Lunatic asylums Bombay report 1891-1903 - 1891-1903
Year: 1891
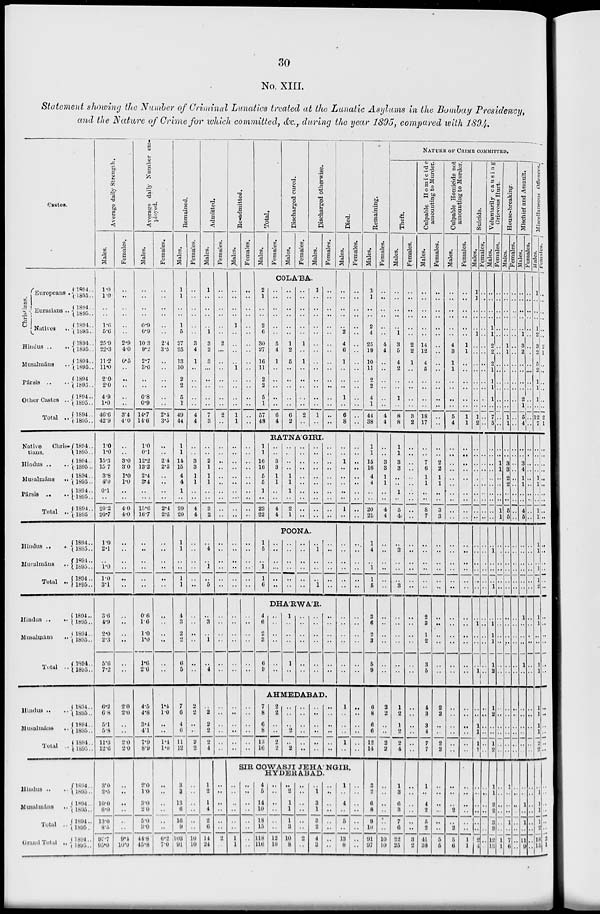
30
No. XIII.
Statement showing the Number of Criminal Lunatics treated at the Lunatic Asylums in the Bombay Presidency,
and the Nature of Crime for which committed, &c., during the year 1895, compared with 1894.
Castes.
Christians.
Europeans ..
Eurasians ..
Natives
..
Hindus ..
..
Musalmáns ..
Pársis .. ..
Other Castes ..
Total
..
1894 ..
1895 ..
1894 ..
1895 ..
1894 ..
1895 ..
1894 ..
1895 ..
1894 ..
1895 ..
1894 ..
1895 ..
1894 ..
1895 ..
1894 ..
1895 ..
Native
Chris-
tians.
Hindus .. ..
Musalmáns
..
Pársis .. ..
Total
..
1894
..
1895 ..
1894 ..
1895 ..
1894 ..
1895 ..
1894 ..
1895 ..
1894 ..
1895 ..
Hindus .. ..
Musalmáns ..
Total
..
1894 ..
1895 ..
1894 ..
1895 ..
1894 ..
1895 ..
Hindus .. ..
Musalmáns ..
Total
..
1894 ..
1895 ..
1894 ..
1895 ..
1894 ..
1895
..
Hindus .. ..
Musalmáns ..
Total
..
1894 ..
1895 ..
1894 ..
1895 ..
1894 ..
1895 ..
Hindus .. ..
Musalmáns
..
Total
..
Grand Total ..
1894 ..
1895 ..
1894 ..
1895 ..
1894 ..
1895 ..
1894 ..
1895 ..
Average daily Strength.
Males.
1.0
1.0
..
..
1.6
5.6
25.9
22.3
11.2
11.0
2.0
2.0
4.9
1.0
46.6
42.9
1.0
1.0
15.3
15.7
3.8
4.0
0.1
..
20.2
20.7
1.0
2.1
..
1.0
1.0
3.1
3.6
4.0
2.0
2.3
5.6
7.2
0.2
6.8
5.1
5.8
11.3
12.0
3.0
2.5
10.0
6.0
13.0
8.5
97.7
95.0
Females.
..
..
..
..
..
..
2.9
4.0
0.5
..
..
..
..
..
3.4
4.0
..
..
3.0
3.0
1.0
1.0
..
..
4.0
4.0
..
..
..
..
..
..
..
..
..
..
..
..
2.0
2.0
..
..
2.0
2.0
..
..
..
..
..
..
9.4
16.0
Average
daily Number em-
ployed.
Males.
..
..
..
..
0.9
0.9
10.3
9.2
2.7
3.6
..
..
0.8
0.9
14.7
14.6
1.0
0.1
12.2
13.2
2.4
3.4
..
..
15.6
16.7
..
..
..
..
..
..
0.6
1.6
1.0
1.0
1.0
2.6
4.5
4.8
3.4
4.1
7.9
8.9
2.0
1.0
3.0
2.0
5.0
3.0
44.8
45.8
Females.
..
..
..
..
..
..
2.4
3.5
..
..
..
..
..
..
2.4
3.5
..
..
2.4
2.5
..
..
..
..
2.4
2.5
..
..
..
..
..
..
..
..
..
..
..
..
1.4
1.0
..
..
1.4
1.0
..
..
..
..
..
..
6.2
7.0
Remained.
Males.
1
1
..
..
1
5
27
25
13
10
2
2
5
1
49
44
1
1
14
15
4
4
1
20
20
1
1
..
..
1
1
4
3
2
2
6
5
7
6
4
6
11
12
3
3
13
6
16
9
103
91
Females.
..
..
..
..
..
..
3
4
1
..
..
..
..
..
4
4
..
..
3
3
1
1
..
4
4
..
..
..
..
..
..
..
..
..
..
..
..
2
2
..
..
2
2
..
..
..
..
..
..
10
10
Admitted.
Males.
1
..
..
..
..
1
3
2
3
...
..
..
..
..
7
3
..
..
2
1
1
1
..
3
2
..
4
..
1
..
5
..
3
..
1
..
4
..
2
2
2
2
4
1
2
1
4
2
6
14
24
Females.
..
..
..
..
..
..
2
...
..
..
..
..
..
..
2
..
..
..
..
..
..
..
..
..
..
..
..
..
..
..
..
..
..
..
..
..
..
..
..
..
..
..
..
..
..
..
..
..
..
2
..
Readmitted.
Males.
..
..
..
..
1
..
..
..
..
1
..
..
..
..
1
1
..
..
..
..
..
..
..
..
..
..
..
..
..
..
..
..
..
..
..
..
..
..
..
..
..
..
..
Females.
..
..
..
..
..
..
..
..
..
..
..
..
..
..
..
..
..
..
..
..
..
..
..
..
..
..
..
..
..
..
..
..
..
..
..
..
..
..
..
..
..
..
..
Total.
Males.
Females.
Discharged cured.
Males.
Females.
Discharged otherwise.
Males.
Females.
Died.
Males.
COLABA.
2
1
..
..
2
6
30
27
16
11
2
2
5
1
57
48
..
..
..
..
..
..
5
4
1
..
..
..
..
..
6
4
..
..
..
..
..
..
1
2
5
..
..
..
..
..
6
2
..
..
..
..
..
..
1
..
1
..
..
..
..
..
2
..
1
..
..
..
..
..
..
..
..
..
..
..
..
..
1
..
..
..
..
..
..
..
..
..
..
..
..
..
..
..
..
..
RATNA'GIRI.
1
1
16
16
5
5
1
23
22
..
..
3
3
1
1
..
4
4
..
..
..
..
1
1
1
2
1
..
..
..
..
..
..
..
..
..
..
..
..
..
..
..
..
..
..
..
..
..
..
..
..
..
..
..
POONA.
1
5
..
1
1
6
..
..
..
..
..
..
..
..
..
..
..
..
..
..
..
..
..
..
..
1
..
..
..
1
..
..
..
..
..
..
DHA'RWA'R.
4
6
2
3
6
9
..
..
..
..
..
..
1
..
..
..
1
..
..
..
..
..
..
..
..
..
..
..
..
..
..
..
..
..
..
..
AHMEDABAD.
7
8
6
8
13
16
2
2
..
..
2
2
..
..
..
2
..
2
..
..
..
..
..
..
..
..
..
..
..
..
..
..
..
..
..
..
..
..
..
..
..
2
4
6
1
..
..
..
1
..
6
8
..
..
1
..
..
..
..
1
..
..
..
..
..
..
..
..
..
..
..
..
..
1
..
..
..
1
..
Females.
..
..
..
..
..
..
..
..
..
..
..
..
..
..
..
..
..
..
..
..
..
..
..
..
..
..
..
..
..
..
..
..
..
..
..
..
..
..
..
..
..
..
..
SIR COWASJI JEHA'NGIR,
HYDERABAD.
..
..
..
..
..
..
1
1
..
..
..
..
..
..
..
..
4
5
14
10
18
15
118
116
..
..
..
..
..
..
12
10
..
2
1
1
1
3
10
8
..
..
..
..
..
..
2
..
..
1
3
1
3
2
4
3
..
..
..
..
..
..
..
..
1
..
4
..
5
..
13
8
..
..
..
..
..
..
..
..
Remaining.
Males.
1
1
..
..
2
4
25
19
10
11
2
2
4
1
44
38
1
1
15
16
4
4
..
20
21
1
4
..
1
1
5
3
6
2
3
5
9
6
8
6
6
12
14
3
2
6
8
9
10
91
97
Females.
..
..
..
..
..
..
4
4
..
..
..
..
..
..
4
4
..
..
3
3
1
1
..
4
4
..
..
..
..
..
..
..
..
..
..
..
..
2
2
..
..
2
2
..
..
..
..
..
10
10
NATURE OF CRIME COMMITTED.
Theft.
Males.
..
..
..
..
..
1
3
5
4
2
..
..
1
..
8
8
1
1
3
3
..
..
1
5
4
..
3
..
..
..
3
..
..
..
..
..
..
1
2
1
2
2
4
1
3
6
3
7
6
22
25
Females.
..
..
..
..
..
..
2
2
1
..
..
..
..
..
3
2
..
..
..
..
..
..
..
..
..
..
..
..
..
..
..
..
..
..
..
..
..
..
..
..
..
..
..
..
..
..
..
..
..
3
..
Culpable Homicide
amounting to Murder.
Males.
..
..
..
..
..
..
14
12
4
5
..
..
..
..
18
17
..
..
7
6
1
1
..
8
7
..
..
..
..
..
..
2
3
1
2
3
5
4
3
3
4
7
7
1
..
4
2
5
..
41
38
Females.
..
..
..
..
..
..
..
..
..
..
..
..
..
..
..
..
..
..
2
2
1
1
..
3
3
..
..
..
..
..
..
..
..
..
..
..
..
2
2
..
..
2
2
..
..
..
..
..
..
5
5
Culpable Homicide not
amounting to Murder.
Males.
..
..
..
..
..
..
4
3
1
1
..
..
..
..
5
4
..
..
..
..
..
..
..
..
..
..
..
..
..
..
..
..
..
..
..
..
..
..
..
..
..
..
..
..
..
..
2
..
2
5
6
Females.
..
..
..
..
..
..
1
1
..
..
..
..
..
..
1
1
..
..
..
..
..
..
..
..
..
..
..
..
..
..
..
..
..
..
..
..
..
..
..
..
..
..
..
..
..
..
..
..
..
1
1
Suicide.
Males.
1
1
..
..
..
1
..
..
..
..
..
..
..
..
1
2
..
..
..
..
..
..
..
..
..
..
..
..
..
..
..
..
..
1
..
..
..
1
..
..
..
..
1
1
..
..
..
..
..
..
2
4
Females,
..
..
..
..
..
..
..
..
..
..
..
..
..
..
..
..
..
..
..
..
..
..
..
..
..
..
..
..
..
..
..
..
..
..
..
..
..
..
..
..
..
..
..
..
..
..
..
..
..
..
..
..
Voluntarily causing
Grievous Hurt.
Males.
..
..
..
..
..
1
2
2
2
1
1
..
1
..
7
5
..
..
..
..
..
..
..
..
..
..
..
1
..
..
..
1
..
1
..
..
..
2
1
2
..
..
1
2
1
1
..
2
3
3
12
13
Females.
..
..
..
..
..
..
..
..
..
..
..
..
..
..
..
..
..
..
1
1
..
..
..
..
1
1
..
..
..
..
..
..
..
..
..
..
..
..
..
..
..
..
..
..
..
..
..
..
..
..
1
1
House-breaking.
Males.
..
..
..
..
..
..
1
1
..
..
..
..
..
..
1
1
..
..
3
3
2
2
..
..
5
5
..
..
..
..
..
..
..
..
..
..
..
..
..
..
..
..
..
..
..
..
..
..
1
..
7
6
Females.
..
..
..
..
..
..
..
..
..
..
..
..
..
..
..
..
..
..
..
..
..
..
..
..
..
..
..
..
..
..
..
..
..
..
..
..
..
..
..
..
..
..
..
..
..
..
..
..
..
..
..
..
Mischief and Assault.
Males.
..
..
..
..
..
1
3
2
..
..
..
..
2
1
5
4
..
..
3
4
1
1
..
..
4
5
..
..
..
..
..
..
..
..
..
..
..
..
..
..
..
..
..
..
..
..
1
..
..
..
11
9
Females.
..
..
..
..
..
..
..
..
..
..
..
..
..
..
..
..
..
..
..
..
..
..
..
..
..
..
..
..
..
..
..
..
..
..
..
..
..
..
..
..
..
..
..
..
..
..
..
..
1
..
..
..
Miscellaneous Offences.
Males.
1
..
..
..
1
2
3
2
5
2
1
1
1
..
12
7
..
..
..
..
1
1
..
..
1
1
..
1
..
.. ..
1
2
..
1
..
..
.. ..
1
1
..
..
1
2
2
..
1
1
1
1
2
18
15
Females.
..
..
..
..
..
..
2
1
..
..
..
..
..
..
2
1
..
..
..
..
..
..
..
..
..
..
..
..
..
..
..
..
..
..
..
..
..
..
..
..
..
..
..
..
..
..
..
..
2
1